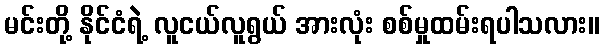
မင်းတို့ နိုင်ငံရဲ့ လူငယ်လူရွယ် အားလုံး စစ်မှုထမ်းရပါသလား။